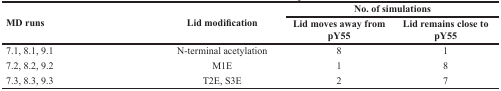
<table><thead><tr><td rowspan="2"><b>MD runs</b></td><td rowspan="2"><b>Lid modification</b></td><td colspan="2"><b>No. of simulations</b></td></tr><tr><td><b>Lid moves away from pY55</b></td><td><b>Lid remains close to pY55</b></td></tr></thead><tbody><tr><td>7.1, 8.1, 9.1</td><td>N-terminal acetylation</td><td>8</td><td>1</td></tr><tr><td>7.2, 8.2, 9.2</td><td>M1E</td><td>1</td><td>8</td></tr><tr><td>7.3, 8.3, 9.3</td><td>T2E, S3E</td><td>2</td><td>7</td></tr></tbody></table>